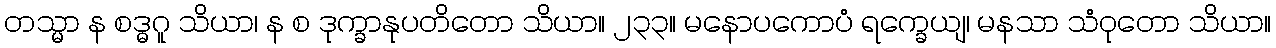
တသ္မာ န စဒ္ဓဂူ သိယာ၊ န စ ဒုက္ခာနုပတိတော သိယာ။ ၂၃၃။ မနောပကောပံ ရက္ခေယျ၊ မနသာ သံဝုတော သိယာ။